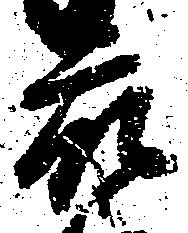
衆